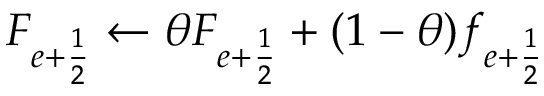
F _ { { e + \frac { 1 } { 2 } } } \gets \theta F _ { { e + \frac { 1 } { 2 } } } + ( 1 - \theta ) f _ { { e + \frac { 1 } { 2 } } }